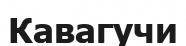
Кавагучи